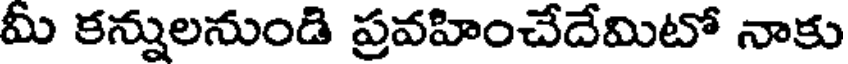
మీ కన్నులనుండి ప్రవహించేదేమిటో నాకు